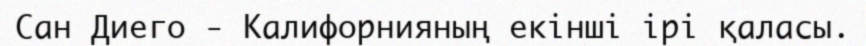
Сан Диего - Калифорнияның екінші ірі қаласы.